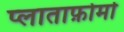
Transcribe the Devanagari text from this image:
प्लाताफ़ोर्मा